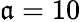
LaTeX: \mathfrak{a}=10